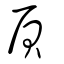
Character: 屓